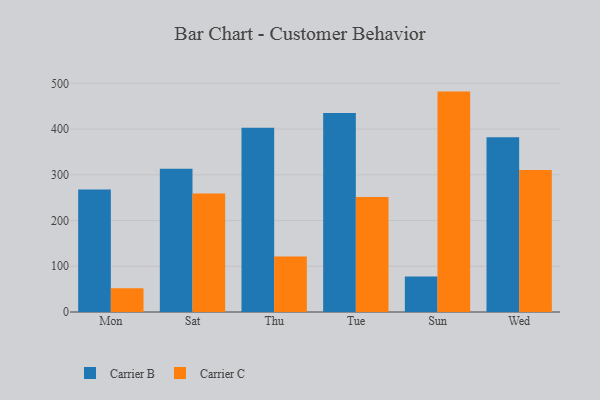
{"axis": {"x": "Day", "y": "Energy Usage (MWh)"}, "legend": ["Carrier B", "Carrier C"], "data": [{"x": "Mon", "y": 267.7, "type": "Carrier B"}, {"x": "Mon", "y": 51.7, "type": "Carrier C"}, {"x": "Sat", "y": 313.3, "type": "Carrier B"}, {"x": "Sat", "y": 259.0, "type": "Carrier C"}, {"x": "Thu", "y": 402.9, "type": "Carrier B"}, {"x": "Thu", "y": 121.3, "type": "Carrier C"}, {"x": "Tue", "y": 435.2, "type": "Carrier B"}, {"x": "Tue", "y": 251.7, "type": "Carrier C"}, {"x": "Sun", "y": 77.9, "type": "Carrier B"}, {"x": "Sun", "y": 482.0, "type": "Carrier C"}, {"x": "Wed", "y": 382.4, "type": "Carrier B"}, {"x": "Wed", "y": 310.3, "type": "Carrier C"}]}